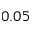
0 . 0 5